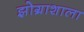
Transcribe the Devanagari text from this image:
झोग्राशाला